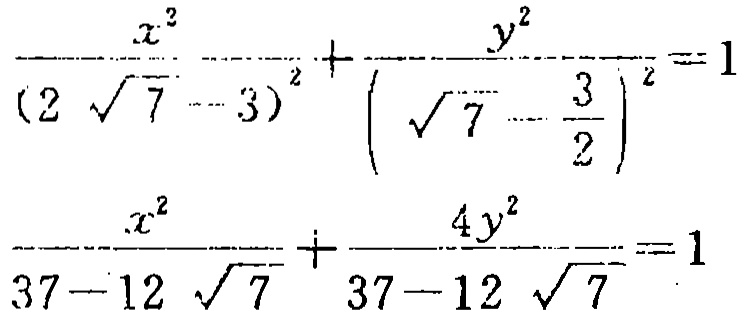
\[\frac{x^{2}}{(2\sqrt{7} - 3)^{2}}+\frac{y^{2}}{(\sqrt{7}-\frac{3}{2})^{2}} = 1\]
\[\frac{x^{2}}{37 - 12\sqrt{7}}+\frac{4y^{2}}{37 - 12\sqrt{7}} = 1\]